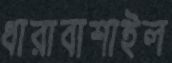
ধারাবাশাইল